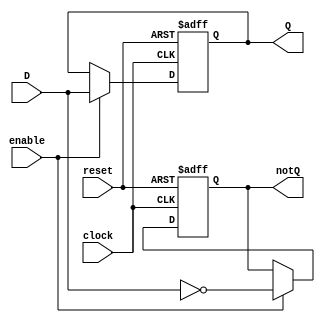
`timescale 1ns / 1ps
//////////////////////////////////////////////////////////////////////////////////
// Company: 
// Engineer: 
// 
// Design Name: 
// Module Name:    ejercicio_3 
// Project Name: 
// Target Devices: 
// Tool versions: 
// Description: 
//
// Dependencies: 
//
// Revision: 
// Revision 0.01 - File Created
// Additional Comments: 
//
//////////////////////////////////////////////////////////////////////////////////
module ejercicio_3#(parameter N=32)(
	input wire [N-1:0]D,
	output reg [N-1:0]Q,
	output reg [N-1:0]notQ,
	input wire enable,
	input wire reset,
	input wire clock
    );
	 
	 always@(posedge clock or posedge reset)
	 begin
		if(reset)
		begin
			Q <= 0;
			notQ <= 1;
		end
		else if(enable)
		begin
			Q <= D;
			notQ <= ~D;
		end
	 end
	 
	 
endmodule